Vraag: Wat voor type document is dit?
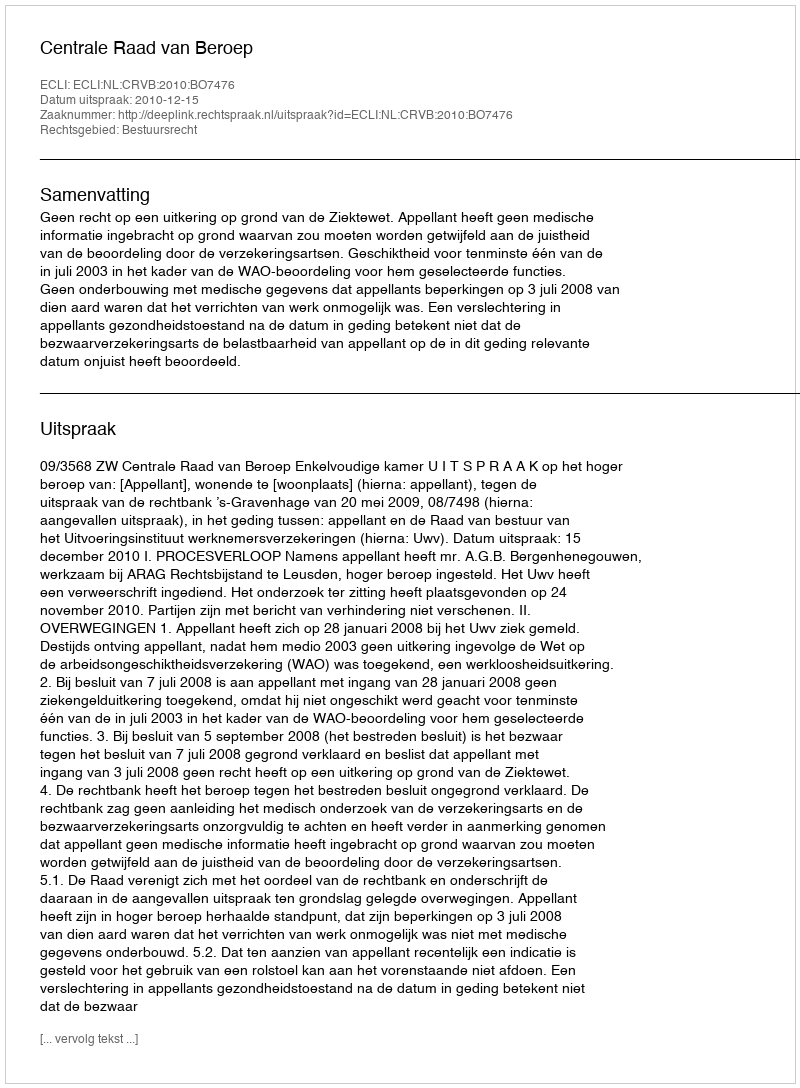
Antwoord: Uitspraak